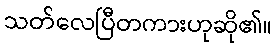
သတ်လေပြီတကားဟုဆို၏။